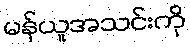
မန်ယူအသင်းကို